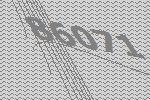
86071